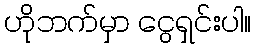
ဟိုဘက်မှာ ငွေရှင်းပါ။